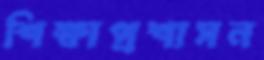
শিক্ষাপ্রশাসন